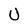
Character: U